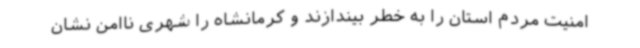
امنیت مردم استان را به خطر بیندازند و کرمانشاه را شهری ناامن نشان